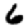
Digit: 6